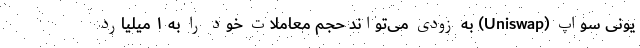
یونی سواپ (Uniswap) به زودی می‌تواند حجم معاملات خود را به ۱ میلیارد